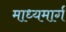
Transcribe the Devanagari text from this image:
माध्यमार्ग